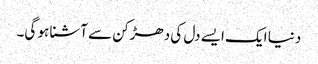
دنیا ایک ایسے دل کی دھڑکن سے آشنا ہو گی۔